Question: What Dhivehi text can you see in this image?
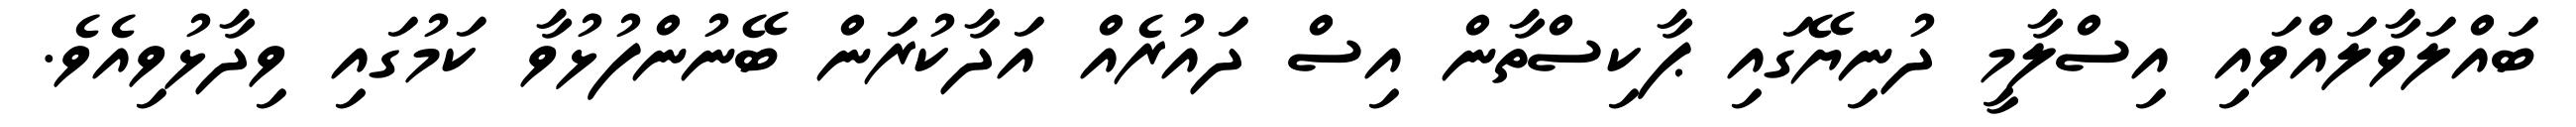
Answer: ބައްލަވާލައްވައި އިސްލާމީ ދުނިޔޭގައި ޕާކިސްތާން އިސް ދައުރެއް އަދާކުރަން ބޭނުންފުޅުވާ ކަމުގައި ވިދާޅުވިއެވެ.